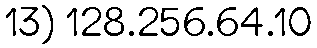
13) 128.256.64.10